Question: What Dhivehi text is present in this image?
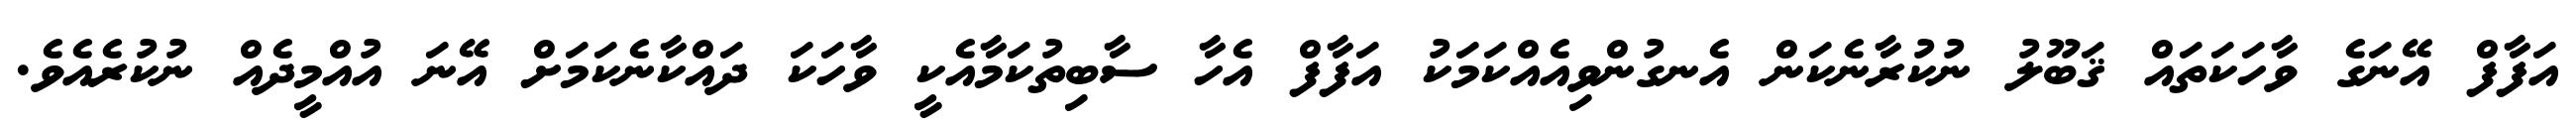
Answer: އަފާފް އޭނަގެ ވާހަކަތައް ޤަބޫލު ނުކުރާނެކަން އެނގުންވިއެއްކަމަކު އަފާފް އެހާ ސާބިތުކަމާއެކީ ވާހަކަ ދައްކާނެކަމަށް އޭނަ އުއްމީދެއް ނުކުރެއެވެ.